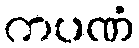
ကပဏံ